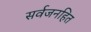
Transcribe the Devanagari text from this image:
सर्वजनहित